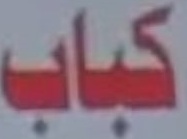
كباب